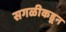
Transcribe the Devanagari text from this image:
सगळीकडून